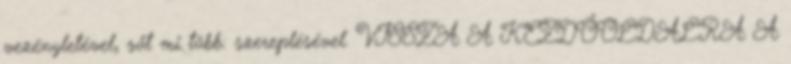
vezényletével, sőt mi több: szereplésével. VISSZA A KEZDŐOLDALRA A